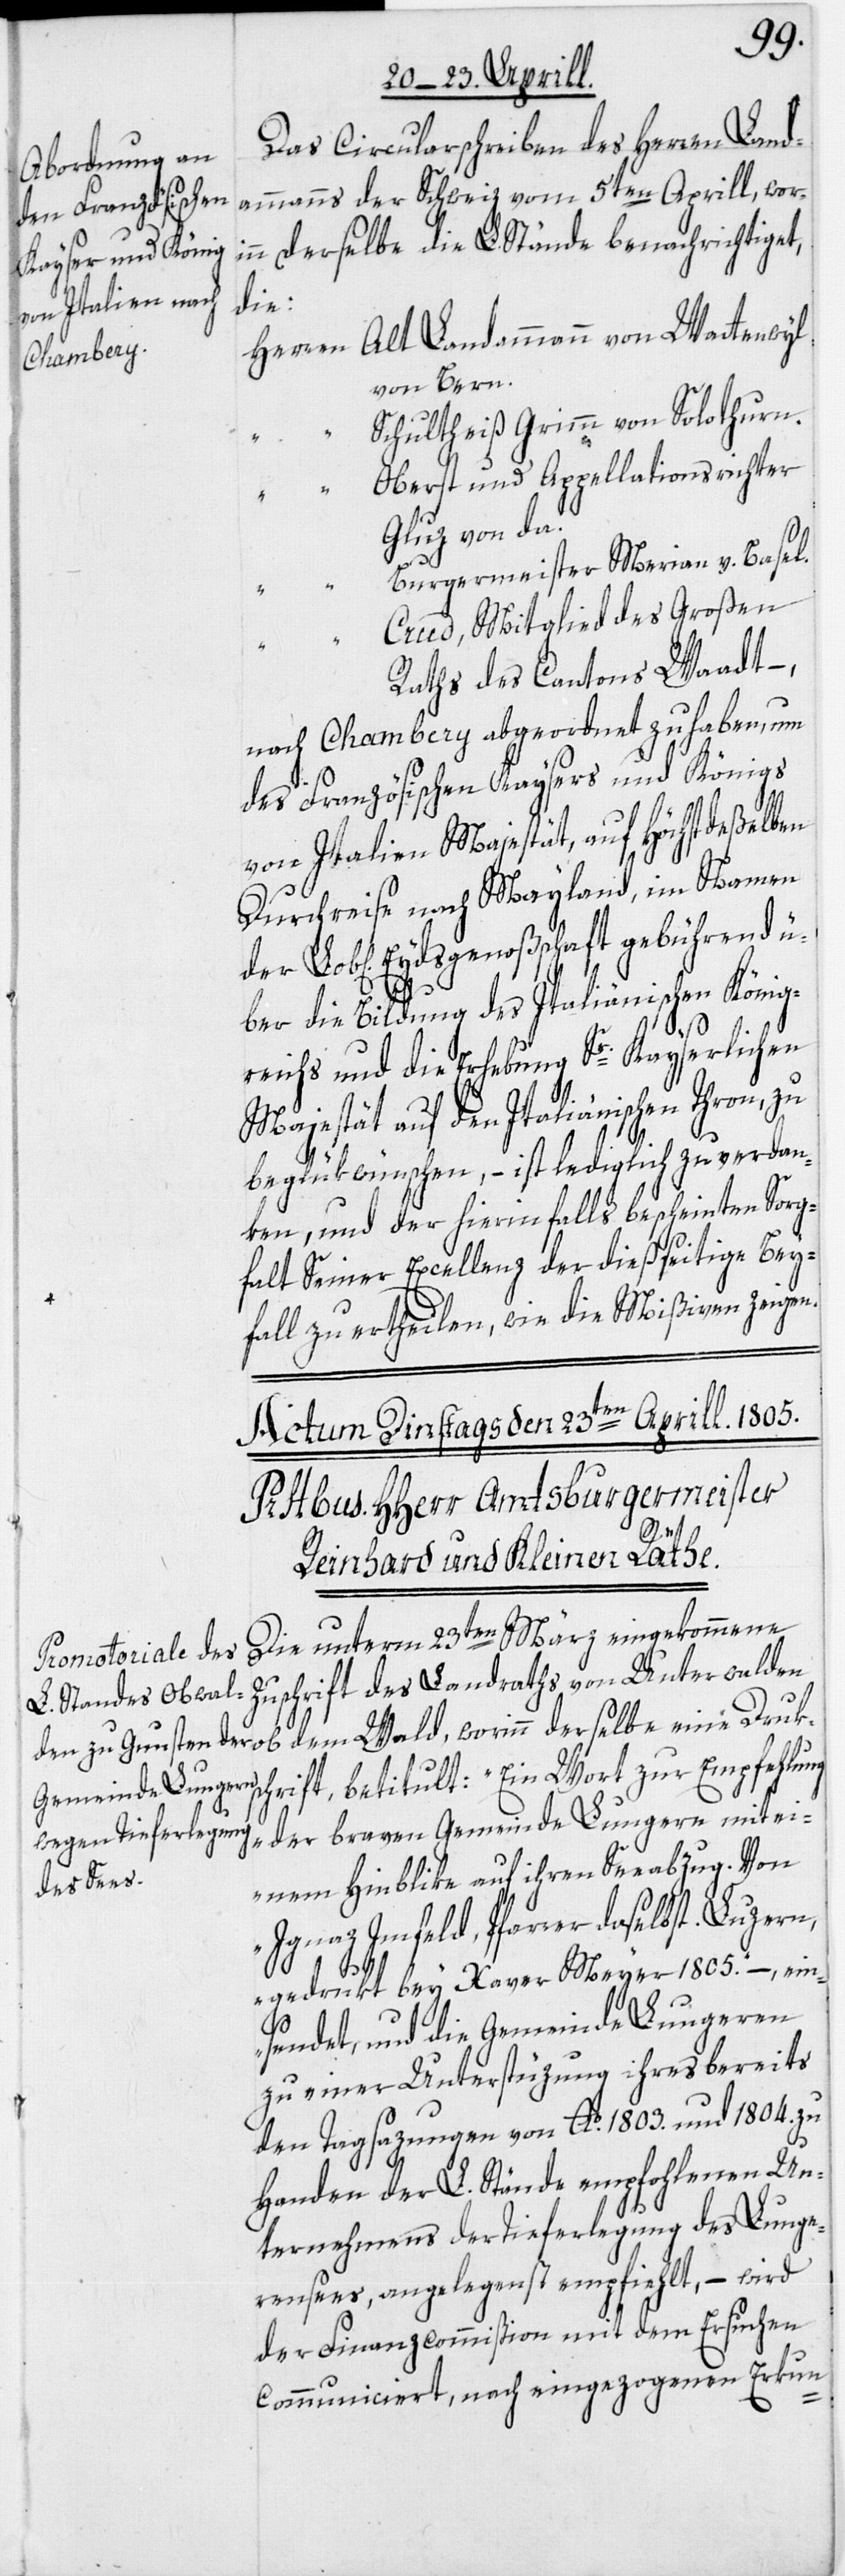
Das Circularschreiben des Herren Land¬
ammanns der Schweiz vom 5ten Aprill, wori¬
nn Derselbe die L. Stände benachrichtiget,
die:
Herren Alt Landammann von Wattenwyl
von Bern.
Schultheiß Grimm von Solothurn.
Oberst und Appellationsrichter
Gluz von da.
Burgermeister Merian v. Basel.
Crud, Mitglied des Großen
Raths des Cantons Waadt –,
nach Chambery abgeordnet zu haben, um
des Französischen Kaysers und Königs
von Italien Majestät, auf Höchstdeßelben
Durchreise nach Mayland, im Namen
der Lob[lichen] Eydsgenoßschaft gebührend ü¬
ber die Bildung des Italiänischen König¬
reichs und die Erhebung Sr. Kayserlichen
Majestät auf den Italiänischen Thron, zu
beglükwünschen, – ist lediglich zu verdan¬
ken, und der hierinfalls bescheinten Sorg¬
falt Seiner Excellenz der dießseitige Bey¬
fall zu ertheilen, wie die Mißiven zeigen.
Die unterm 23ten März eingekommene
Zuschrift des Landraths von Unterwalden
dem Wald, worinn derselbe eine Druks¬
chrift, betitult: „Ein Wort zur Empfehlung
der braven Gemeinde Lungern mit ei¬
nem Hinblike auf ihren Seeabzug. Von
Ignaz Imfeld, Pfarrer daselbst. Luzern,
gedrukt bey Xaver Meyer 1805.“ –, ein¬
sendet, und die Gemeinde Lungeren
zu einer Unterstüzung ihres bereits
den Tagsazungen von Ao. 1803. und 1804. zu
Handen der L. Stände empfohlenen Un¬
ternehmens der Tieferlegung des Lunge¬
rensees, angelegenst empfiehlt, – wird
der Finanzcommißion mit dem Ersuchen
communiciert, nach eingezogenen Erkun-